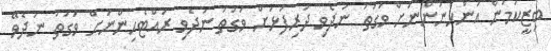
ބިޒީކަމުން އަންހެނުންނަށް ވަގުތު ނުދެވި ދަރިފުޅަށް ވަގުތު ނުދެވި ރައްޓެހިންނަށް ވަގުތު ނުދެވޭ